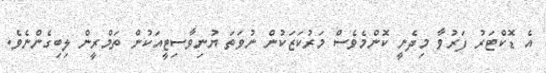
އެ ޑޮކްޓަރު ފަރުވާ މިދެނީ ކޮންމެވެސް މަރުކަޒަކުން ނުވަތަ ޔުނިވާސިޓީއަކުން ތަމްރީން ލިބިގެންނެވެ.